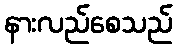
နားလည်စေသည်